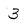
Character: 3